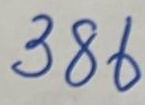
386